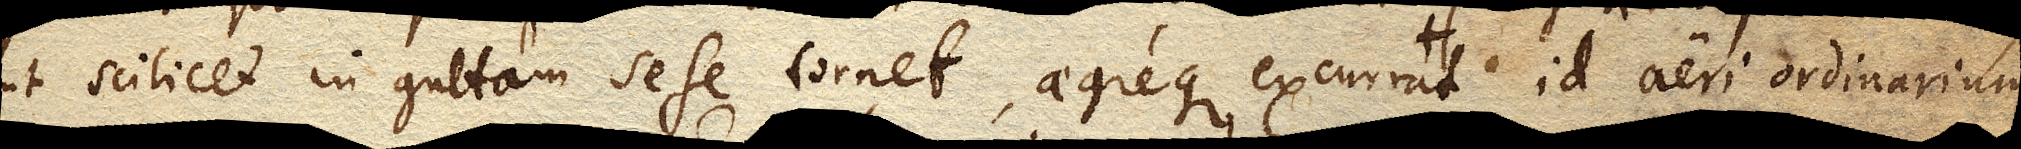
ut scilicet in guttam sese tornet, aegreque excurrat, id aeri ordinarium